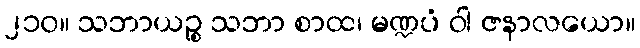
၂၁၀။ သဘာယဉ္စ သဘာ စာထ၊ မဏ္ဍပံ ဝါ ဇနာလယော။